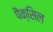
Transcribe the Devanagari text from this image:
पैक्सिल